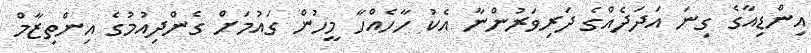
އިންޑިއާގެ ގިނަ އަދަދެއްގެ ދަރިވަރުންނާ އެކު ހާހެއްހާ މީހުން ގައުމަށް ގެންދިއުމުގެ އިންތިޒާމް